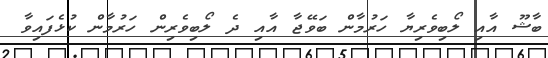
ބާޝޫ އާއި ލޯބިވެރިޔާ ހަރުމާން ބަވޭޖާ އާއި ދެ ލޯބިވެރިން ހަރުމާން ކުޅެފައިވާ